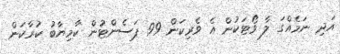
އަދި ނަމެއްގަ ލާ ވޯޓަކުން އެ ވެރިކަން 99 ޕަސެންޓުން ކާމިޔާބު ކުރާކަން